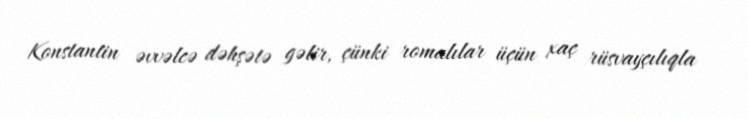
Konstantin əvvəlcə dəhşətə gəlir, çünki romalılar üçün xaç rüsvayçılıqla